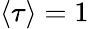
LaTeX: {\left<\tau\right>}=1